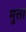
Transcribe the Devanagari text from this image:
मुत्ता